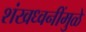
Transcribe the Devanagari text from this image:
शंखध्वनींमुळे